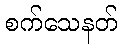
စက်သေနတ်